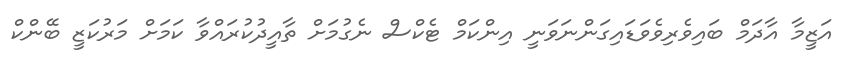
އަޒީމާ އާދަމް ބައިވެރިވެވަޑައިގަންނަވަނީ އިންކަމް ޓެކްސް ނެގުމަށް ތާއީދުކުރައްވާ ކަމަށް މަރުކަޒީ ބޭންކް